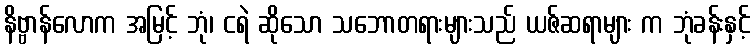
နိဗ္ဗာန်လောက အမြင့် ဘုံ၊ ငရဲ ဆိုသော သဘောတရားများသည် ယဇ်ဆရာများ က ဘုံခန်းနှင့်